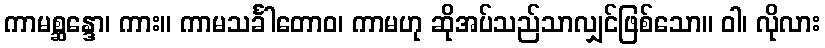
ကာမစ္ဆန္ဒော၊ ကား။ ကာမသင်္ခါတောဝ၊ ကာမဟု ဆိုအပ်သည်သာလျှင်ဖြစ်သော။ ဝါ၊ လိုလား